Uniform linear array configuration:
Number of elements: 8
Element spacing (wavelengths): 0.5
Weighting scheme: blackman
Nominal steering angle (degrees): -30
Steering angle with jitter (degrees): -28.958
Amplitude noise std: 0.05
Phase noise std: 0.05

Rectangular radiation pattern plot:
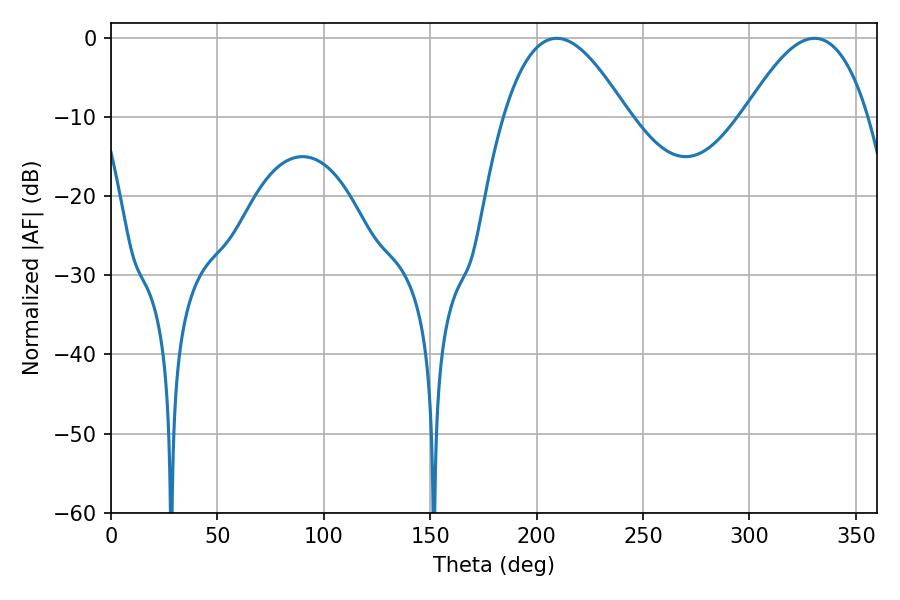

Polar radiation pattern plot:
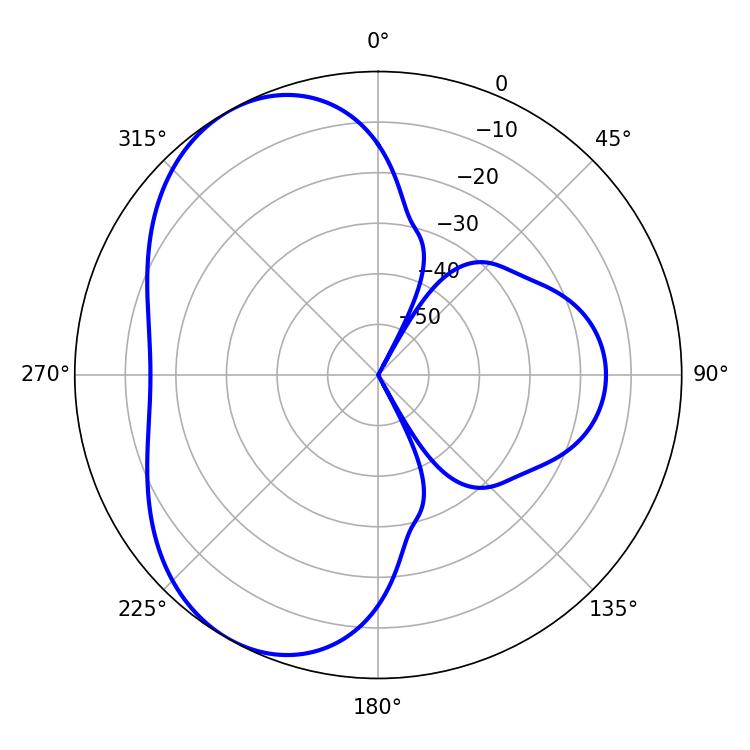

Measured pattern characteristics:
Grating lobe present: FALSE
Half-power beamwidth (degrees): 31.68
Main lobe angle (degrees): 209.34